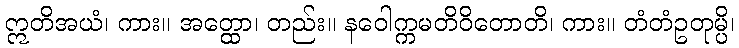
ဣတိအယံ၊ ကား။ အတ္ထော၊ တည်း။ နဝေါက္ကမတိဝိတောတိ၊ ကား။ တံတံဥတုမ္ပိ၊